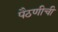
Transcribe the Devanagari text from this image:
पैठणीची